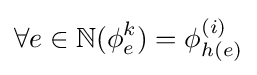
\forall e\in \mathbb {N} (\phi _{e}^{k})=\phi _{h(e)}^{(i)}